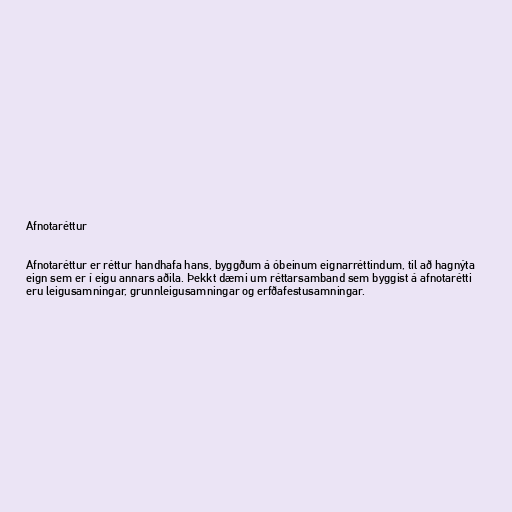
Afnotaréttur

Afnotaréttur er réttur handhafa hans, byggðum á óbeinum eignarréttindum, til að hagnýta
eign sem er í eigu annars aðila. Þekkt dæmi um réttarsamband sem byggist á afnotarétti
eru leigusamningar, grunnleigusamningar og erfðafestusamningar.